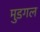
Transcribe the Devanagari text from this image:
मुडगल